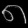
Digit: ၈